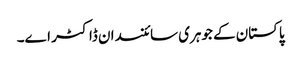
پاکستان کے جوہری سائنسدان ڈاکٹر اے۔